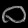
Digit: ၀